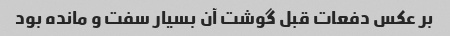
بر عکس دفعات قبل گوشت آن بسیار سفت و مانده بود